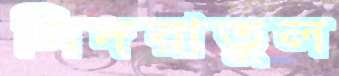
সিদরাতুল